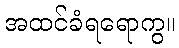
အထင်ခံရရောကွ။